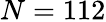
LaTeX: N=112